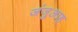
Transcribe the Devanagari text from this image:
जंजुआह